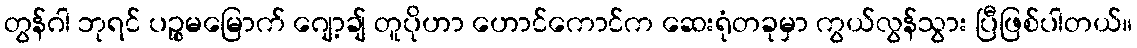
တွန်ဂါ ဘုရင် ပဉ္စမမြောက် ဂျော့ချ် တူပိုဟာ ဟောင်ကောင်က ဆေးရုံတခုမှာ ကွယ်လွန်သွား ပြီဖြစ်ပါတယ်။